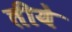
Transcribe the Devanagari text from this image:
तीये